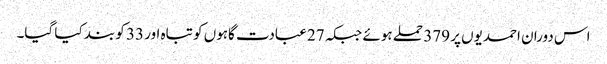
اس دوران احمدیوں پر 379 حملے ہوئے جبکہ 27 عبادت گاہوں کو تباہ اور 33 کو بند کیا گیا۔